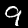
Label: 9